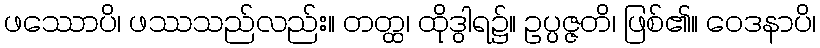
ဖဿောပိ၊ ဖဿသည်လည်း။ တတ္ထ၊ ထိုဒွါရ၌။ ဥပ္ပဇ္ဇတိ၊ ဖြစ်၏။ ဝေဒနာပိ၊